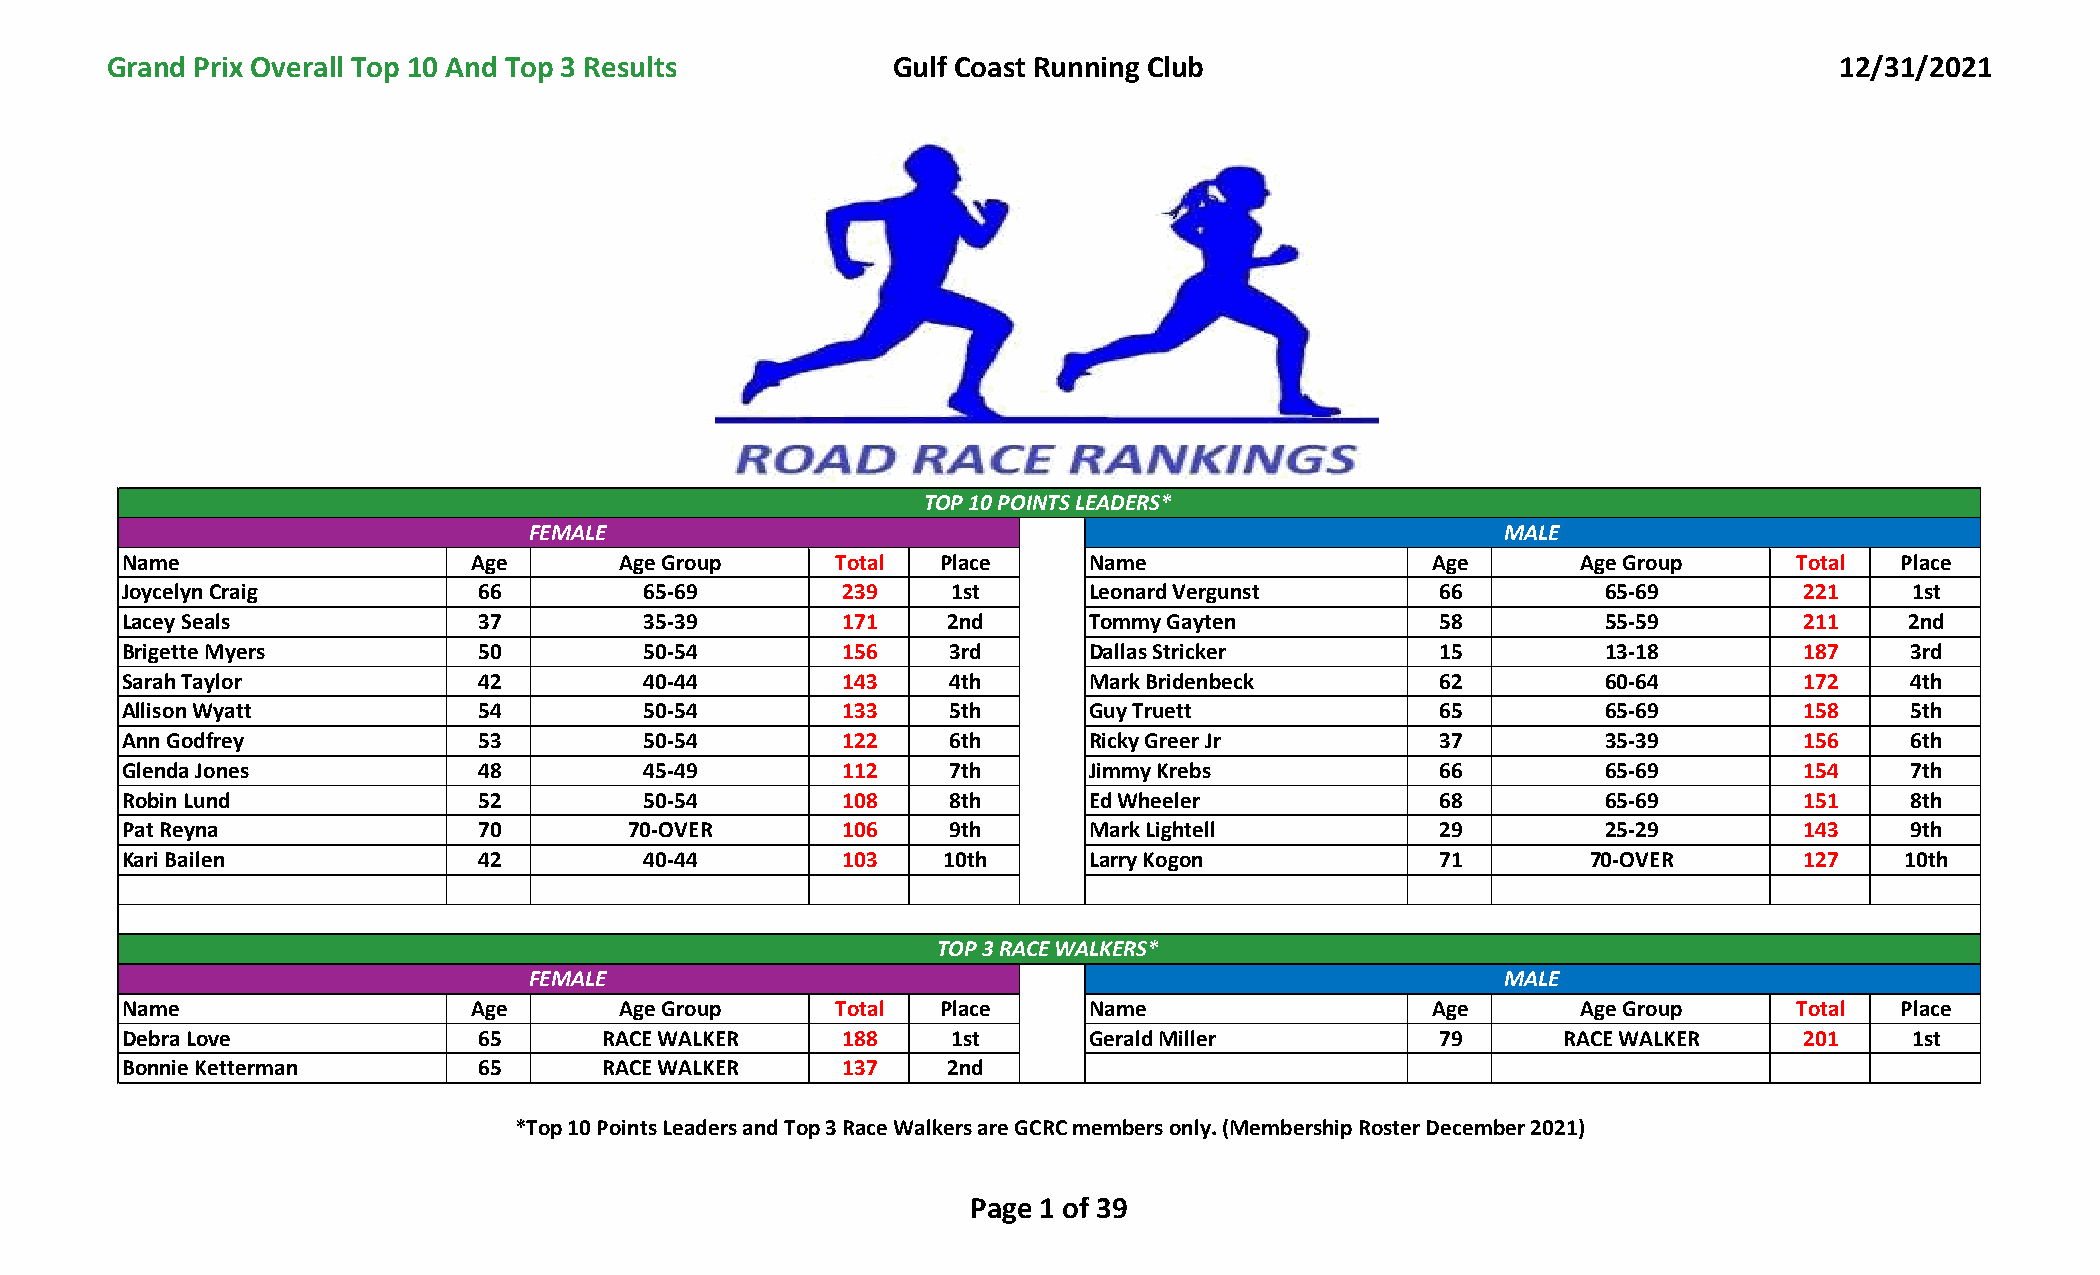
Grand Prix Overall Top 10 And Top 3 Results         Gulf Coast Running Club                                        12/31/2021
 TOP 10 POINTS LEADERS*
 FEMALE                                                           MALE
 Name                   Age       Age Group     Total  Place     Name                   Age       Age Group     Total  Place
 Joycelyn Craig          66         65-69        239    1st      Leonard Vergunst       66         65-69        221     1st
 Lacey Seals             37         35-39        171    2nd      Tommy Gayten           58         55-59        211    2nd
 Brigette Myers          50         50-54        156    3rd      Dallas Stricker        15         13-18        187    3rd
 Sarah Taylor            42         40-44        143    4th      Mark Bridenbeck        62         60-64        172    4th
 Allison Wyatt           54         50-54        133    5th      Guy Truett             65         65-69        158    5th
 Ann Godfrey             53         50-54        122    6th      Ricky Greer Jr         37         35-39        156    6th
 Glenda Jones            48         45-49        112    7th      Jimmy Krebs            66         65-69        154    7th
 Robin Lund              52         50-54        108    8th      Ed Wheeler             68         65-69        151    8th
 Pat Reyna               70        70-OVER       106    9th      Mark Lightell          29         25-29        143    9th
 Kari Bailen             42         40-44        103   10th      Larry Kogon            71        70-OVER       127    10th
 TOP 3 RACE WALKERS*
 FEMALE                                                           MALE
 Name                   Age       Age Group     Total  Place     Name                   Age       Age Group     Total  Place
 Debra Love              65      RACE WALKER     188    1st      Gerald Miller          79      RACE WALKER     201     1st
 Bonnie Ketterman        65      RACE WALKER     137    2nd
 *Top 10 Points Leaders and Top 3 Race Walkers are GCRC members only. (Membership Roster December 2021)
 Page 1 of 39